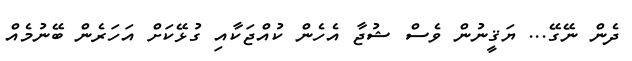
ދެން ނޭގޭ... ޔަޤީނުން ވެސް ޝުޖާ އެހެން ކުއްޖަކާއި ގުޅޭކަށް އަހަރެން ބޭނުމެއް